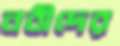
নবীদের